Lunatic asylums in Bengal annual reports 1888-1898 - 1888-1898
Year: 1888
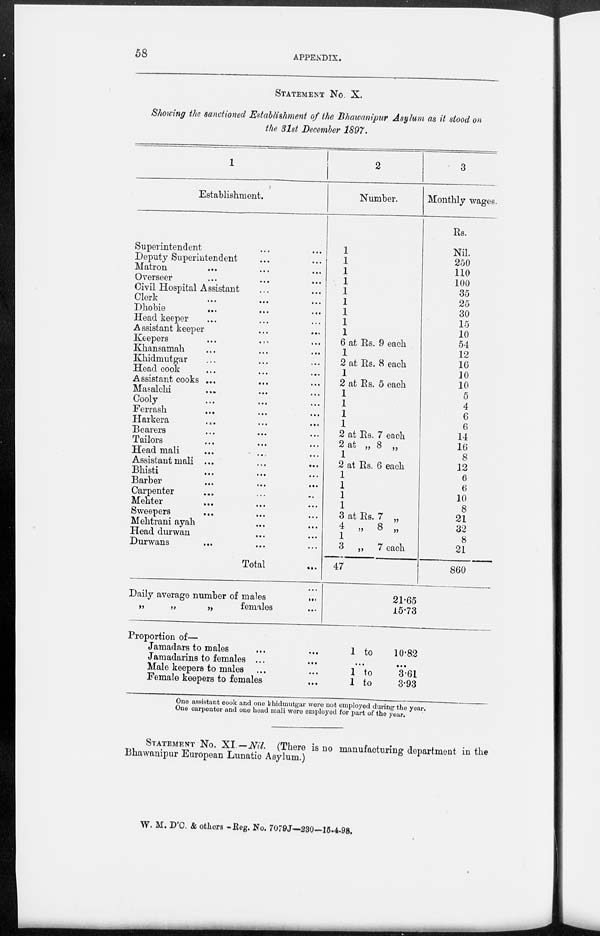
58
APPENDIX.
STATEMENT No. X.
Showing the sanctioned Establishment of the Bhawanipur Asylum as it stood on
the 31st December 1897.
1
Establishment.
Superintendent ... ...
Deputy Superintendent ... ...
Matron
...
... ...
Overseer ... ... ...
Civil Hospital Assistant ... ...
Clerk ... ... ...
Dhobie ... ... ...
Head keeper ... ... ...
Assistant keeper ... ...
Keepers ... ... ...
Khansamah ... ... ...
Khidmutgar ... ... ...
Head cook ... ... ...
Assistant cooks ... ... ...
Masalchi ... ... ...
Cooly ... ... ...
Ferrash ... ... ...
Harkera ... ... ...
Bearers ... ... ...
Tailors ... ... ...
Head mali ... ... ...
Assistant mali ...
...
...
Bhisti ... ... ...
Barber ... ... ...
Carpenter ... ... ...
Mehter ... ... ...
Sweepers ... ... ...
Mehtrani ayah ... ...
Head durwan ... ...
Durwans ... ... ...
Total ...
Daily average number of males
...
„
„
„
females ...
Proportion of—
Jamadars to males ... ...
Jamadarins to females ... ...
Male keepers to males ... ...
Female keepers to females ...
2
Number.
1
1
1
1
1
1
1
1
1
6 at Rs. 9 each
1
2 at Rs. 8 each
1
2 at Rs. 5 each
1
1
1
1
2 at Rs. 7 each
2 at „ 8 „
1
2 at Rs. 6 each
1
1
1
1
3 at Rs. 7 „
4 „ 8 „
1
3 „ 7 each
47
21.65
15.73
1 to
10.82
...
...
1 to
3.61
1 to
3.93
3
Monthly wages.
Rs.
Nil.
250
110
100
35
25
30
15
10
54
12
16
10
10
5
4
6
6
14
16
8
12
6
6
10
8
21
32
8
21
860
One assistant cook and one khidmutgar were not employed during the year.
One carpenter and one head mali were employed for part of the year.
STATEMENT No. XI.— Nil. (There is no manufacturing department in the
Bhawanipur European Lunatic Asylum.)
W. M. D'C. & others -Reg. No. 7079J—230—15-4-98.